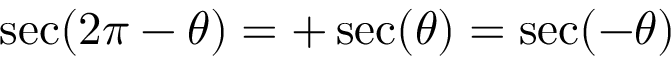
\sec ( 2 \pi - \theta ) = + \sec ( \theta ) = \sec ( - \theta )